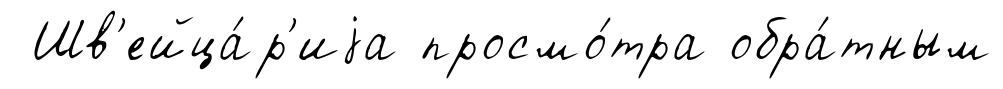
Шв'ейца́р'иjа просмо́тра обра́тным